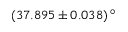
( 3 7 . 8 9 5 \pm 0 . 0 3 8 ) \, ^ { \circ }